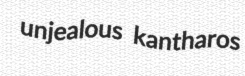
unjealous kantharos